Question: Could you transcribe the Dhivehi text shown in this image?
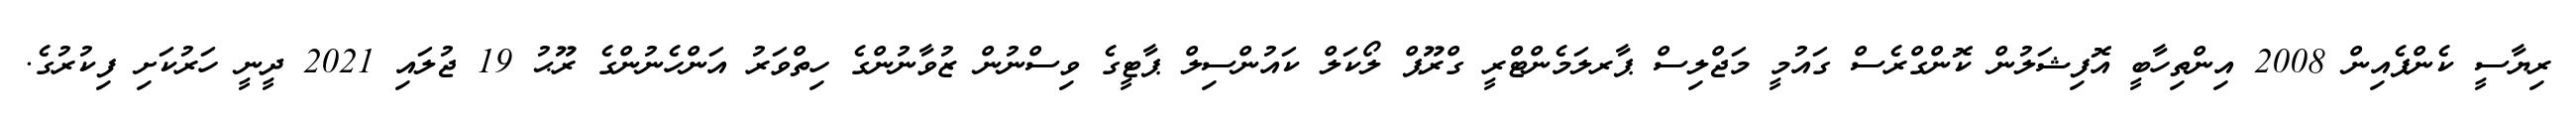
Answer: ރިޔާސީ ކެންޕެއިން 2008 އިންތިހާބީ އޮފިޝަލުން ކޮންގްރެސް ގައުމީ މަޖްލިސް ޕާރލަމެންޓްރީ ގްރޫޕް ލޯކަލް ކައުންސިލް ޕާޓީގެ ވިސްނުން ޒުވާނުންގެ ހިތްވަރު އަންހެނުންގެ ރޫޙު 19 ޖުލައި 2021 ދީނީ ހަރުކަށި ފިކުރުގެ.